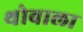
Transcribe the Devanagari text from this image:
थोवाला